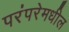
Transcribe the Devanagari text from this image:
परंपरेमधील